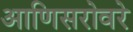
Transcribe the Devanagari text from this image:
आणिसरोवरे